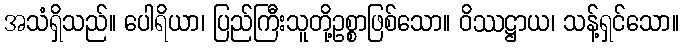
အသံရှိသည်။ ပေါရိယာ၊ ပြည်ကြီးသူတို့ဥစ္စာဖြစ်သော။ ဝိဿဋ္ဌာယ၊ သန့်ရှင်သော။